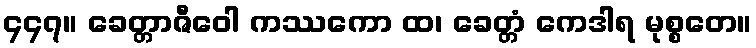
၄၄၇။ ခေတ္တာဇီဝေါ ကဿကော ထ၊ ခေတ္တံ ကေဒါရ မုစ္စတေ။